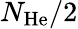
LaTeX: {N}_{\mathrm{He}}/2